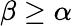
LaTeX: \beta\ge\alpha